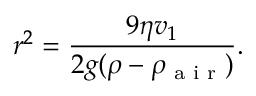
r ^ { 2 } = { \frac { 9 \eta v _ { 1 } } { 2 g ( \rho - \rho _ { \textrm { a i r } } ) } } .